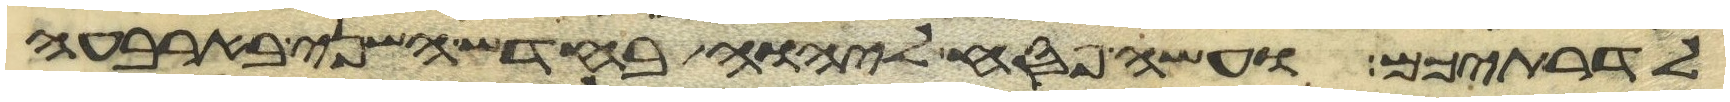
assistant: לדרתיכם ועשה פסח ליהוה בחדש השני בארבעה